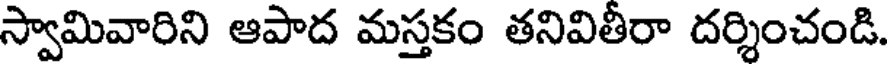
స్వామివారిని ఆపాద మస్తకం తనివితీరా దర్శించండి.